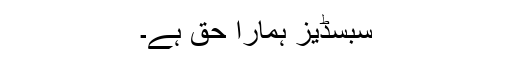
سبسڈیز ہمارا حق ہے۔